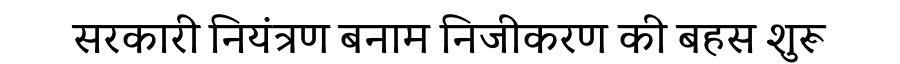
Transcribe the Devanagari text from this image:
सरकारी नियंत्रण बनाम निजीकरण की बहस शुरू